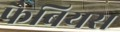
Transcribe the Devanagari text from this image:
फैबियस